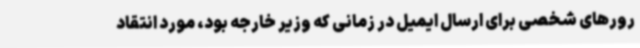
رورهای شخصی برای ارسال ایمیل در زمانی که وزیر خارجه بود، مورد انتقاد